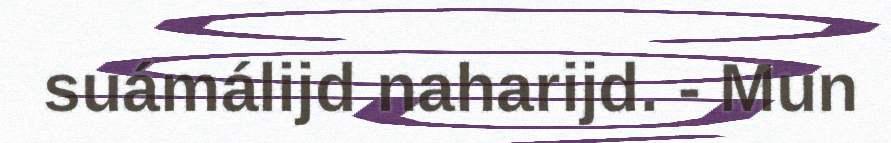
suámálijd naharijd. - Mun